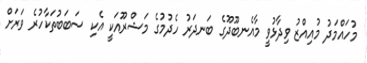
މުހައްމަދު މުއިއްޒު ވިދާޅުވީ މާއެނބޫދޫގެ ބަނދަރު ހެދުމުގެ މަޝްރޫއަކީ އެކި ސަބަބުތަކާހުރެ ވަރަށް